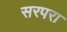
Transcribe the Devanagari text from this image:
सरपरा